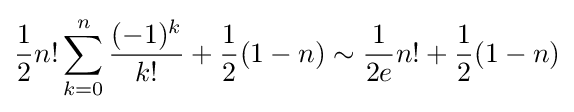
{\frac {1}{2}}n!\sum _{k=0}^{n}{\frac {(-1)^{k}}{k!}}+{\frac {1}{2}}(1-n)\sim {\frac {1}{2e}}n!+{\frac {1}{2}}(1-n)